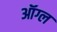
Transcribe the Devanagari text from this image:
ऑग्ल